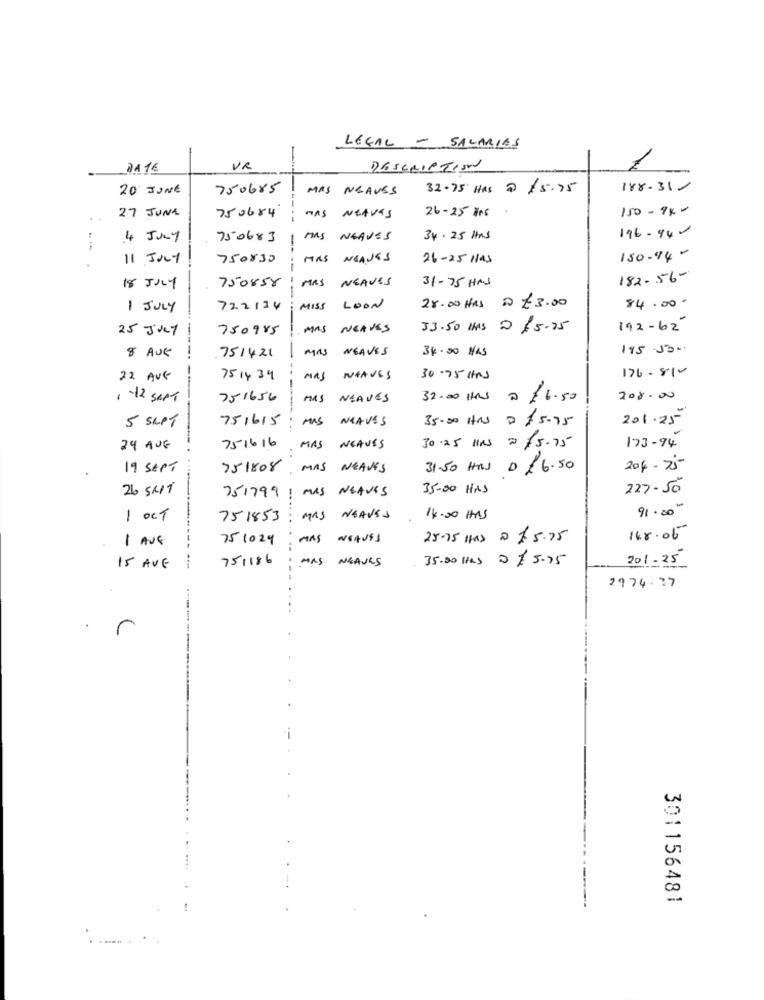
LEGAL - SALARIES
2116
VR
DESCRIPTION
20 JUNE
750685
MAS NEAVES
32.75 HRS 2 15.75
188.31-
27 JUNE
750684
HAS NEAVES
26-25 Ans
150-9x-
..
196-941
4 JULY
750683
MAS WEAVES
34.25 Hrs
-
11 JULY
750830
MAS NEAJES
26-25 Hlas
150-94 -
750858
MRS
NEAVES
31-75 HRS
182-56-
18 JULY
28.00 HRS 0 €3.00
84.000
1 JULY
722134
MISS LOON
25 JULY
750985
MAS NEAVES
33.50 ms 2 $5.25
192-62
751421
MAS
WEAVES
34.00 HAS
195 .50.
8 AUG
176-81-
22 AUG
7514 39
MRS
NAVES
30.75 Hrs
1 -12 SEPT
751656
MAS
NEAVES
32.00 Hrs
@£6.50
208.00
751615
MAS
NEAVES
35.00 Hrs
15.75
201 .25
5 SEPT
24 AUG
751616
MAS WEAVES
30.25 l15 2 /5.75
173-94
19 SEPT
751808
MAS NEAVES
31.50 HRS D 16.50
204-75
26 SKIT
35.00 HRS
227-50
751799 ! MAS NEAVES
91.000
1 OCT
751853
MAS NEAVES
14.00 HAS
1 AUG
751029
MAS WEAVES
25-75 Has a $ 5.75
148.05
751186
MAS NEAVLS
35.00 Hhs 0 5.75
15 AVE
201-25
2974. 37
r
301156481